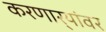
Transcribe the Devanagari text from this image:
करणार्‍यांवर